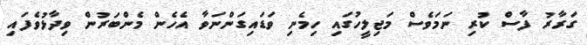
ގަރާރު ފާސް ކުރި ނަމަވެސް މަޖިލީހުގައި ހިމެނި ވަޑައިގަންނަވާ އެހެން މެންބަރުން ވިދާޅުވެފައި